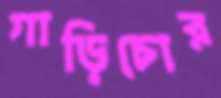
গাড়িচোর